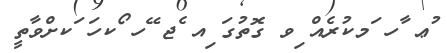
ުޢ ާހ ަމކުރެއް ިވ ގޮތުގަ ިއ ެޖ ޭހ ޯކހަ ަކށްވާތީ